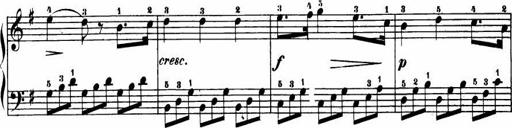
Title: Le bouquetier
Composer: Anton Diabelli
Key: G major
 C major
 F major
 C major